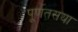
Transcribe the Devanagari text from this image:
पूर्णतसया